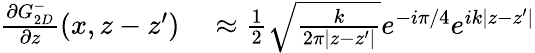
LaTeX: \begin{array}{rl}{\frac{\partial G_{2D}^{-}}{\partial z}(x,z-z^{\prime})}&{{}\approx\frac{1}{2}\sqrt{\frac{k}{2\pi|z-z^{\prime}|}}e^{-i\pi/4}e^{ik|z-z^{\prime}|}}\end{array}